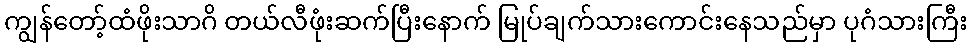
ကျွန်တော့်ထံဖိုးသာဂိ တယ်လီဖုံးဆက်ပြီးနောက် မြုပ်ချက်သားကောင်းနေသည်မှာ ပုဂံသားကြီး